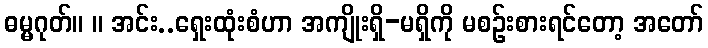
ဓမ္မဂုတ်။ ။ အင်း..ရှေးထုံးစံဟာ အကျိုးရှိ-မရှိကို မစဉ်းစားရင်တော့ အတော်